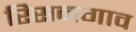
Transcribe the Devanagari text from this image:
रिसनगाव